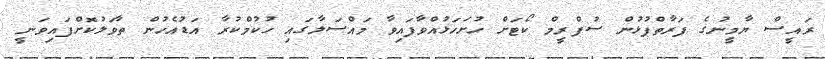
ރައީސް ޔާމީނުގެ ފަރާތްޕުޅުން ސުޕްރީމް ކޯޓަށް ހުށަހަޅުއްވާފައިވާ މައްސަލާގައި ހުކުމްކުރާ އަޑުއެހުން ތާވަލުކޮށްފައިވަނީ